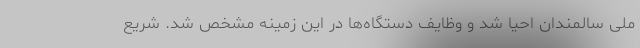
ملی سالمندان احیا شد و وظایف دستگاه‌ها در این زمینه مشخص شد. شریع